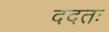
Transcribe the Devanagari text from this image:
ददतः